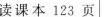
读课本123页